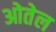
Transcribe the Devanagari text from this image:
ओतेल